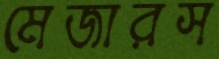
মেজারস